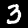
Digit: 3